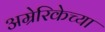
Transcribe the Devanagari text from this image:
अम्रेरिकेच्या